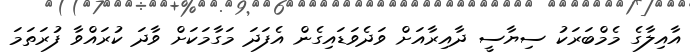
އާއިލާގެ މެމްބަރަކު ސިޔާސީ ދާއިރާއަށް ވަދެވަޑައިގެން އެފަދަ މަގާމަކަށް ވާދަ ކުރައްވާ ފުރަތަމަ